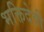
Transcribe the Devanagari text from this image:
भक्तिदेवी